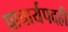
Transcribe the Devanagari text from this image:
प्राचार्यपदही